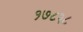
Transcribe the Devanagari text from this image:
१७८२८